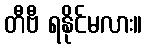
တီဗီ ရနိုင်မလား။